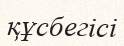
құсбегісі